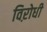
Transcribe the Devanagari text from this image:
विऱोधी